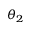
\boldsymbol { \theta } _ { 2 }